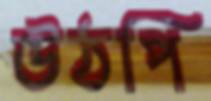
উঠপি